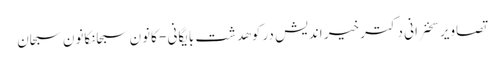
تصاویر سخنرانی دکتر خیر اندیش در کوهدشت بایگانی - کانون سبحانکانون سبحان